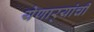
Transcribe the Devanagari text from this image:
येणार्‍यांची